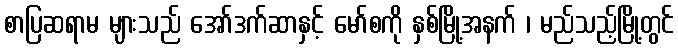
စာပြဆရာမ များသည် အော်ဒက်ဆာနှင့် မော်စကို နှစ်မြို့အနက် ၊ မည်သည့်မြို့တွင်